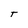
Character: T